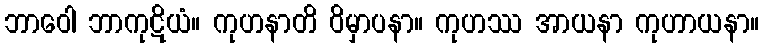
ဘာဝေါ ဘာကုဋိယံ။ ကုဟနာတိ ဝိမှာပနာ။ ကုဟဿ အာယနာ ကုဟာယနာ။